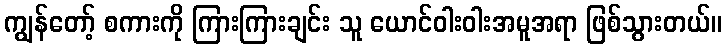
ကျွန်တော့် စကားကို ကြားကြားချင်း သူ ယောင်ဝါးဝါးအမူအရာ ဖြစ်သွားတယ်။